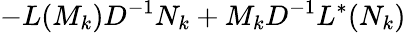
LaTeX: -L(M_{k})D^{-1}N_{k}+M_{k}D^{-1}L^{\ast}(N_{k})